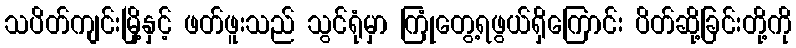
သပိတ်ကျင်းမြို့နှင့် ဖတ်ဖူးသည် သွင်ရုံမှာ ကြုံတွေ့ရဖွယ်ရှိကြောင်း ပိတ်ဆို့ခြင်းတို့ကို